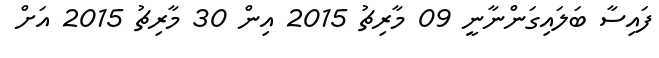
ފައިސާ ބަލައިގަންނާނީ 09 މާރިޗު 2015 އިން 30 މާރިޗު 2015 އަށް